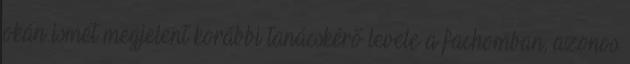
okán ismét megjelent korábbi tanácskérő levele a fachomban, azonos